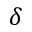
\delta